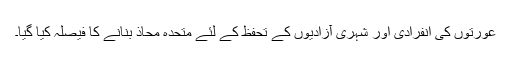
عورتوں کی انفرادی اور شہری آزادیوں کے تحفظ کے لئے متحدہ محاذ بنانے کا فیصلہ کیا گیا۔